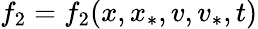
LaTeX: f_{2}=f_{2}(x,x_{\ast},v,v_{\ast},t)